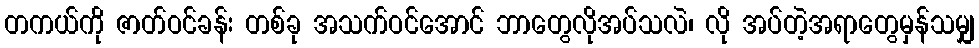
တကယ်ကို ဇာတ်ဝင်ခန်း တစ်ခု အသက်ဝင်အောင် ဘာတွေလိုအပ်သလဲ၊ လို အပ်တဲ့အရာတွေမှန်သမျှ